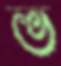
ভ